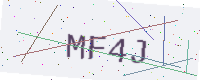
Text: MF4J